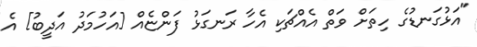
"އަޅުގަނޑުގެ ހިތަށް ވަތް އެއްޗަކި އެހާ ރަނގަޅު ފަންޏެއް [އަހުމަދު އަދީބު] އެ